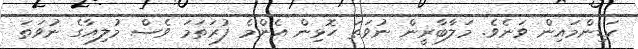
ކަޑިންމައިން ވަނެވެ. މަލާބާރީން ނުވަތަ ހޮޅިން އެންމެ ފުރަތަމަ ވެސް މުލިއާގެ ނުވަތަ